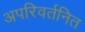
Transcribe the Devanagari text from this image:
अपरिवर्तनित